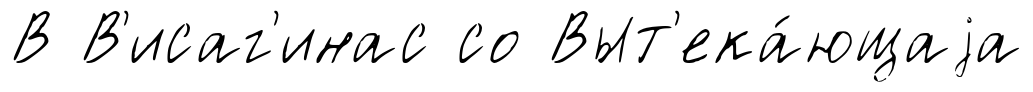
В В'исаг'инас со Выт'ека́ющаjа